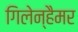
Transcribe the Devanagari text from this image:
गिलेन्हैमर